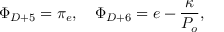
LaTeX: \Phi _ { D + 5 } = \pi _ { e } , \quad \Phi _ { D + 6 } = e - \frac { \kappa } { { \cal P } _ { o } } ,